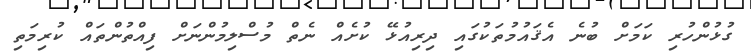
ގުޅުންހުރި ކަމަށް ބުނެ އެޤައުމުތަކުގައި ދިރިއުޅޭ ކުށެއް ނެތް މުސްލިމުންނަށް ފިއްތުންތައް ކުރިމަތި